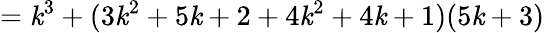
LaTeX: =\mathit{k}^{3}+(3\mathit{k}^{2}+5\mathit{k}+2+4\mathit{k}^{2}+4\mathit{k}+1)(5\mathit{k}+3)